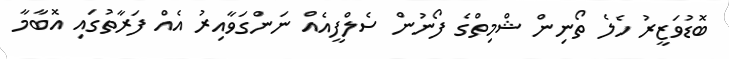
ބޮޑުވަޒީރު ހެލެ ތޯނިން ޝްމިތްގެ ފޯނުން ސެލްފީއެއް ނަންގަވާއިރު އެއް ފަރާތުގައި އޮބާމާ